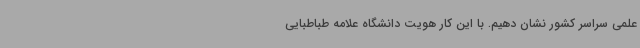
علمی سراسر کشور نشان دهیم. با این کار هویت دانشگاه علامه طباطبایی